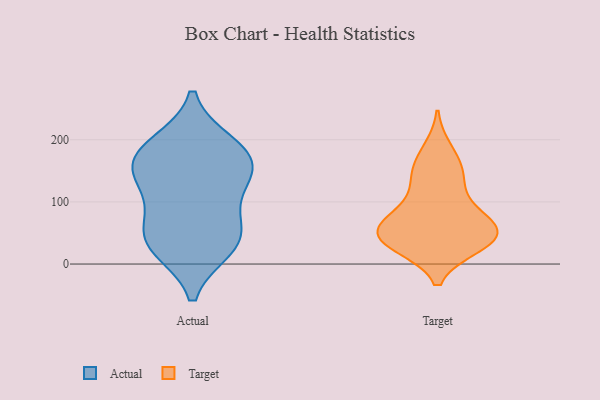
{"axis": {"x": "Operating Costs (USD K)", "y": "Value"}, "legend": ["Actual", "Target"], "data": [{"x": "", "y": 57, "type": "Actual"}, {"x": "", "y": 31, "type": "Actual"}, {"x": "", "y": 146, "type": "Actual"}, {"x": "", "y": 167, "type": "Actual"}, {"x": "", "y": 92, "type": "Actual"}, {"x": "", "y": 156, "type": "Actual"}, {"x": "", "y": 26, "type": "Actual"}, {"x": "", "y": 135, "type": "Actual"}, {"x": "", "y": 188, "type": "Actual"}, {"x": "", "y": 40, "type": "Actual"}, {"x": "", "y": 193, "type": "Actual"}, {"x": "", "y": 83, "type": "Target"}, {"x": "", "y": 35, "type": "Target"}, {"x": "", "y": 52, "type": "Target"}, {"x": "", "y": 53, "type": "Target"}, {"x": "", "y": 140, "type": "Target"}, {"x": "", "y": 59, "type": "Target"}, {"x": "", "y": 86, "type": "Target"}, {"x": "", "y": 39, "type": "Target"}, {"x": "", "y": 183, "type": "Target"}, {"x": "", "y": 131, "type": "Target"}, {"x": "", "y": 57, "type": "Target"}, {"x": "", "y": 33, "type": "Target"}, {"x": "", "y": 30, "type": "Target"}, {"x": "", "y": 158, "type": "Target"}]}